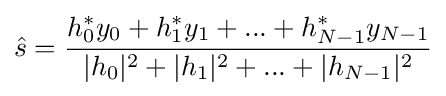
{\hat {s}}={\frac {h_{0}^{*}y_{0}+h_{1}^{*}y_{1}+...+h_{N-1}^{*}y_{N-1}}{|h_{0}|^{2}+|h_{1}|^{2}+...+|h_{N-1}|^{2}}}